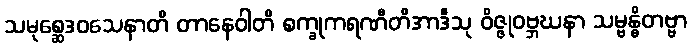
သမုစ္ဆေဒဝသေနာတိ တာနေဝါတိ စက္ခုကရဏီတိအာဒီသု ဝိဇ္ဇုဝဗ္ဘဃနာ သမ္ဗန္ဓိတဗ္ဗာ